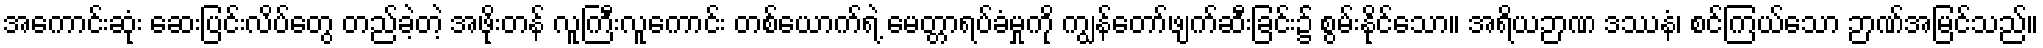
အကောင်းဆုံး ဆေးပြင်းလိပ်တွေ တည်ခဲ့တဲ့ အဖိုးတန် လူကြီးလူကောင်း တစ်ယောက်ရဲ့ မေတ္တာရပ်ခံမှုကို ကျွန်တော်ဖျက်ဆီးခြင်း၌ စွမ်းနိုင်သော။ အရိယဉာဏ ဒဿနံ၊ စင်ကြယ်သော ဉာဏ်အမြင်သည်။